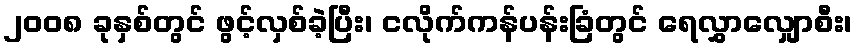
၂၀၀၈ ခုနှစ်တွင် ဖွင့်လှစ်ခဲ့ပြီး၊ ငလိုက်ကန်ပန်းခြံတွင် ရေလွှာလျှောစီး၊